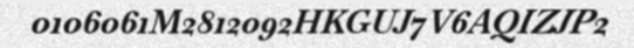
0106061M2812092HKGUJ7V6AQIZJP2